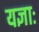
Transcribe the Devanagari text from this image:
यज्ञाः